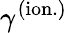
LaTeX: \gamma^{(\mathrm{ion.})}